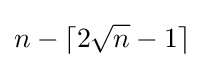
n-\lceil 2{\sqrt {n}}-1\rceil